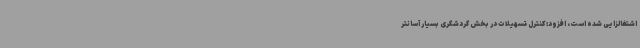
اشتغالزایی شده است، افزود:کنترل تسهیلات در بخش گردشگری بسیار آسانتر